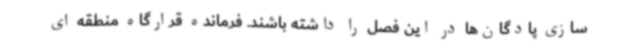
سازی پادگان‌ها در این فصل را داشته باشند. فرمانده قرارگاه منطقه ای